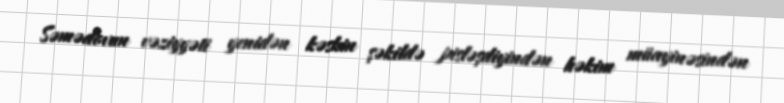
Səmədovun vəziyyəti yenidən kəskin şəkildə pisləşdiyindən həkim müayinəsindən